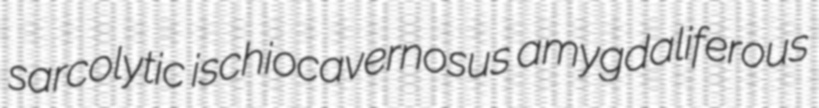
sarcolytic ischiocavernosus amygdaliferous